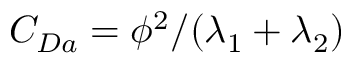
C _ { D a } = \phi ^ { 2 } / ( \lambda _ { 1 } + \lambda _ { 2 } )